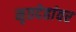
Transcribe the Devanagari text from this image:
मृतदेहांवर